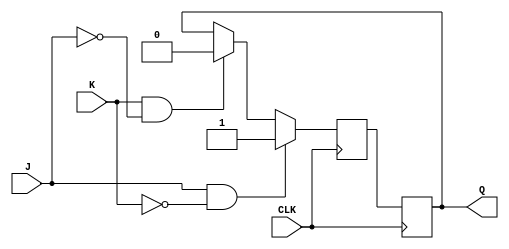
module JK_latch (
    input J,
    input K,
    input CLK,
    output reg Q
);

reg Q_next;

always @(posedge CLK) begin
    if (J & ~K) begin
        Q_next = 1;
    end else if (K & ~J) begin
        Q_next = 0;
    end else begin
        Q_next = Q;
    end
end

always @(posedge CLK) begin
    Q <= Q_next;
end

endmodule